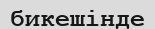
бикешінде